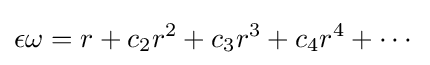
\epsilon \omega =r+c_{2}r^{2}+c_{3}r^{3}+c_{4}r^{4}+\cdots